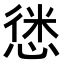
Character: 𢝱